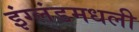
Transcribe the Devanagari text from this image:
इंग्लंडमधली